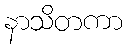
နာသိတကာ